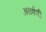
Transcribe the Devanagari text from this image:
अघर्षणी